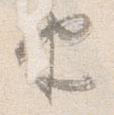
由